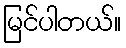
မြင်ပါတယ်။